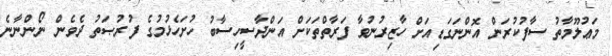
މަޢުލޫމާތު ސާފުކުރަން އޮންނަގަޑިއަށް ހާޒިރުނުވާ ފަރާތްތަކަށް އަންދާސީހިސާބު ހުށަހެޅުމުގެ ފުރުޞަތު ދެވެން ނޯންނާނެ